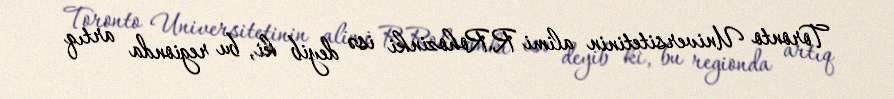
Toronto Universitetinin alimi R.Rohozinki isə deyib ki, bu regionda artıq